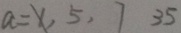
a = x , 5 , 7 3 5